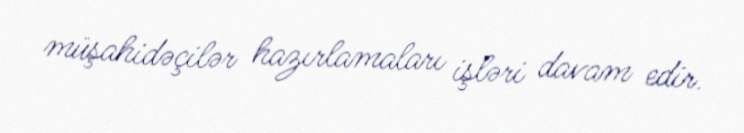
müşahidəçilər hazırlamaları işləri davam edir.